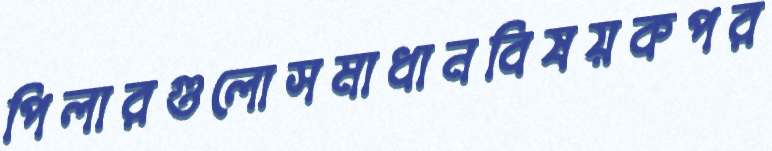
পিলারগুলোসমাধানবিষয়কপর